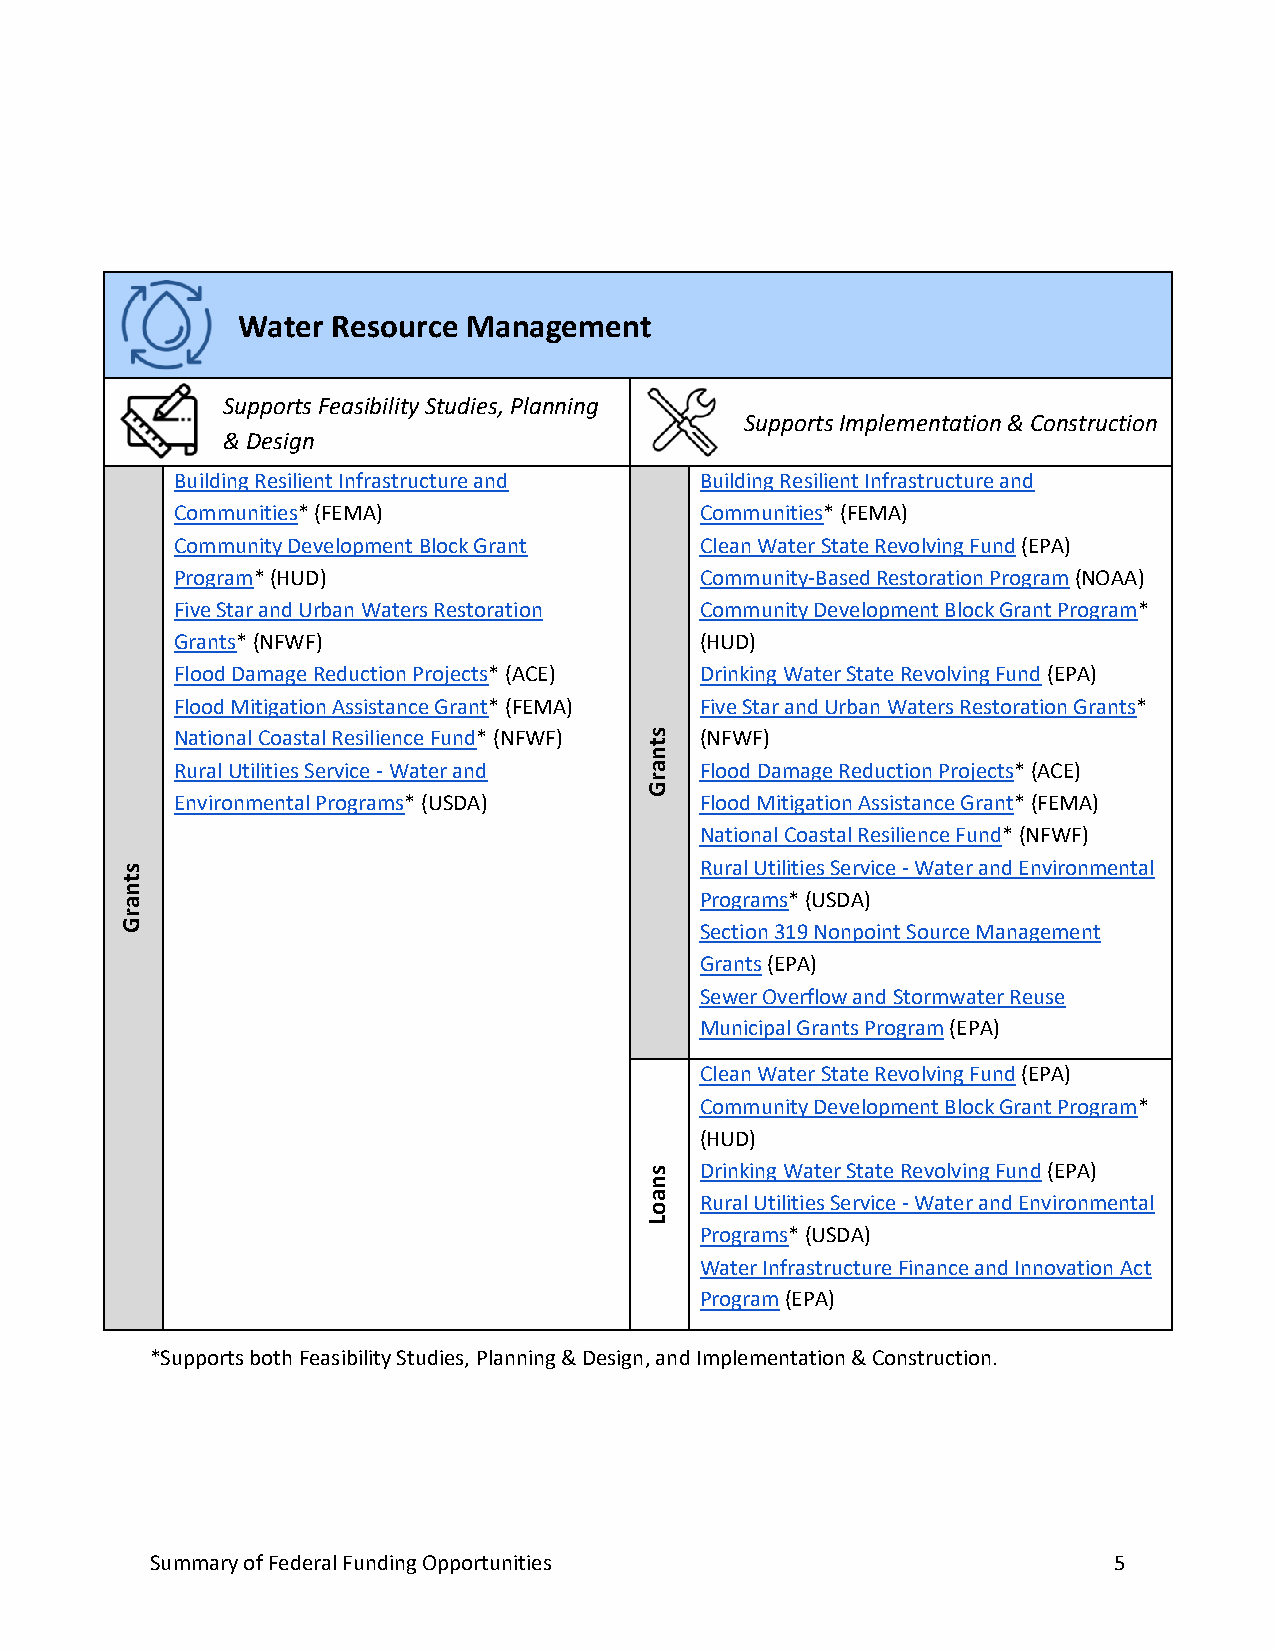
Water Resource Management
 Supports Feasibility Studies, Planning
 Supports Implementation & Construction
 & Design
 Building Resilient Infrastructure and Building Resilient Infrastructure and
 Communities* (FEMA)               Communities* (FEMA)
 Community Development Block Grant Clean Water State Revolving Fund (EPA)
 Program* (HUD)                    Community-Based Restoration Program (NOAA)
 Five Star and Urban Waters Restoration Community Development Block Grant Program*
 Grants* (NFWF)                    (HUD)
 Flood Damage Reduction Projects* (ACE) Drinking Water State Revolving Fund (EPA)
 Flood Mitigation Assistance Grant* (FEMA) Five Star and Urban Waters Restoration Grants*
 National Coastal Resilience Fund* (NFWF) s (NFWF)
 t
 n
 Rural Utilities Service - Water and a Flood Damage Reduction Projects* (ACE)
 r
 G
 Environmental Programs* (USDA)    Flood Mitigation Assistance Grant* (FEMA)
 National Coastal Resilience Fund* (NFWF)
 s                                     Rural Utilities Service - Water and Environmental
 t
 n
 a                                     Programs* (USDA)
 r
 G                                     Section 319 Nonpoint Source Management
 Grants (EPA)
 Sewer Overflow and Stormwater Reuse
 Municipal Grants Program (EPA)
 Clean Water State Revolving Fund (EPA)
 Community Development Block Grant Program*
 (HUD)
 s  Drinking Water State Revolving Fund (EPA)
 n
 a  Rural Utilities Service - Water and Environmental
 o
 L
 Programs* (USDA)
 Water Infrastructure Finance and Innovation Act
 Program (EPA)
 *Supports both Feasibility Studies, Planning & Design, and Implementation & Construction.
 Summary of Federal Funding Opportunities                        5